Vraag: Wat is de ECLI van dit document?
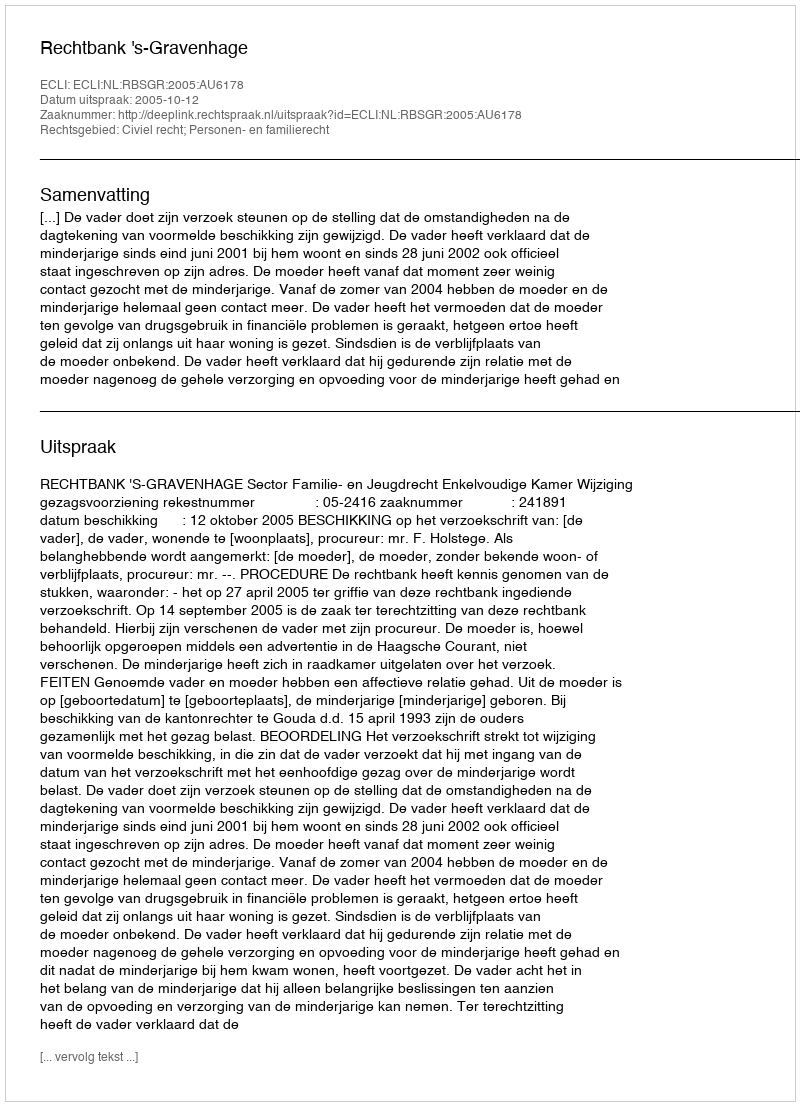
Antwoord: ECLI:NL:RBSGR:2005:AU6178